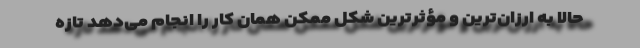
حالا به ارزان‌ترین و مؤثرترین شکل ممکن همان کار را انجام می‌دهد تازه